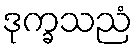
ဒုက္ခသညံ